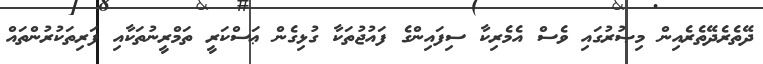
ދޭތެރެދޭތެރެއިން މިޞުރުގައި ވެސް އެމެރިކާ ސިފައިންގެ ފައުޖުތަކާ ގުޅިގެން ޢަސްކަރީ ތަމްރީނުތަކާއި ފަރިތަކުރުންތައް